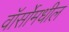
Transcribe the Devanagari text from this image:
वॉर्सोमधील